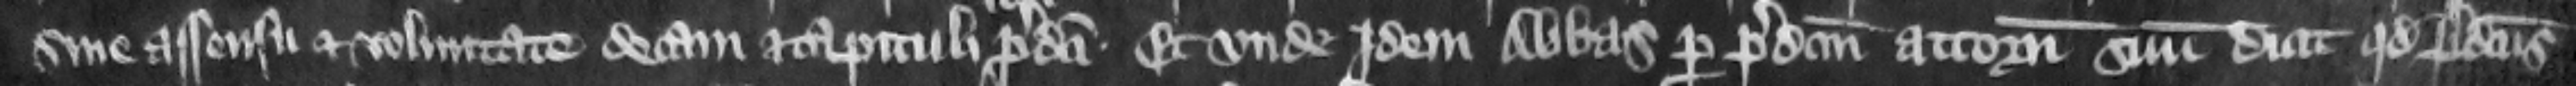
sine assensu et voluntate decani et capituli loci predicti. Et vnde idem abbas per predictum attornatum suum dicit quod predictus